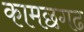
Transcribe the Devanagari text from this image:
कामछगढ